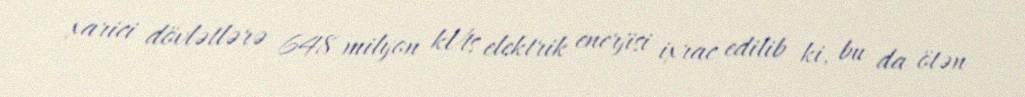
xarici dövlətlərə 648 milyon kVts elektrik enerjisi ixrac edilib ki, bu da ötən